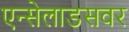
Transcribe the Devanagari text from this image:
एन्सेलाडसवर